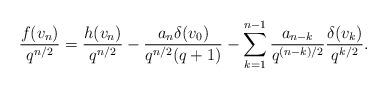
LaTeX: \begin{align*}\frac{f(v_n)}{q^{n/2}}=\frac{h(v_n)}{q^{n/2}}-\frac{a_n\delta(v_0)}{q^{n/2}(q+1)}-\sum_{k=1}^{n-1}\frac{a_{n-k}}{q^{{(n-k)}/2}}\frac{\delta(v_{k})}{q^{k/2}}.\end{align*}